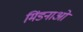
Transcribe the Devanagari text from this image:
मिंडनाओ